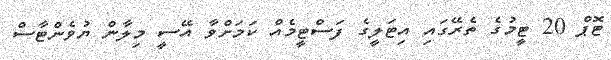
ޓޮޕް 20 ޓީމުގެ ތެރޭގައި އިޓަލީގެ ފަސްޓީމެއް ކަމަށްވާ އޭސީ މިލާން ޔުވެންޓާސް